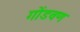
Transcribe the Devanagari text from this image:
गोंडवण